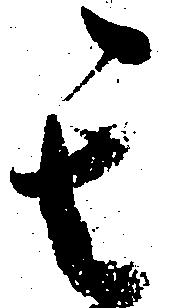
其